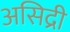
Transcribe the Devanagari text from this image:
असिद्री